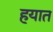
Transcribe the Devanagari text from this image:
हयात